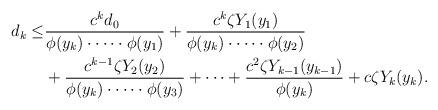
LaTeX: \begin{align*}\begin{aligned} d_k\leq & \frac{c^k d_0}{\phi(y_k)\cdot \cdots \cdot \phi(y_1)} +\frac{c^k\zeta Y_1(y_1)}{\phi(y_k)\cdot \cdots \cdot \phi(y_2)} \\ &+\frac{c^{k-1}\zeta Y_2(y_2)}{\phi(y_k)\cdot \cdots \cdot \phi(y_3)}+\cdots + \frac{c^2\zeta Y_{k-1}(y_{k-1})}{\phi(y_k)} +c\zeta Y_{k}(y_k). \end{aligned} \end{align*}